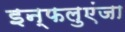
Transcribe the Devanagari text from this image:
इन्फलुएंजा